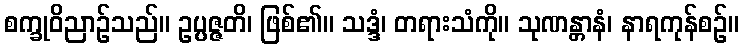
စက္ခုဝိညာဉ်သည်။ ဥပ္ပဇ္ဇတိ၊ ဖြစ်၏။ သဒ္ဒံ၊ တရားသံကို။ သုဏန္တာနံ၊ နာရကုန်စဉ်။